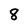
Character: 8